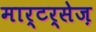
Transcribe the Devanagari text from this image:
मार्टर्सेज़